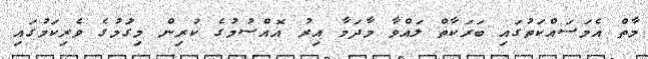
މާތް އެމަސައްކަތުގައި ބަރަކާތް ލައްވާ މާދަމާ އިރު އޮއްސުމުގެ ކުރިން މިގަުމުގެ ވެރިކަމުގައި